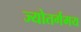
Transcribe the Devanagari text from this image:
ज्योतर्गमय